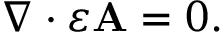
\begin{array} { r } { \nabla \cdot \varepsilon \mathbf { A } = 0 . } \end{array}